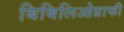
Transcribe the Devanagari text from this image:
बिबिलिओग्राफी